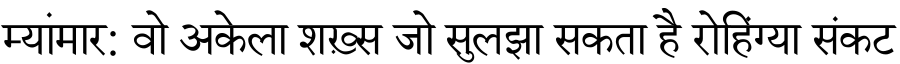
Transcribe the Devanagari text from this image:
म्यांमार: वो अकेला शख़्स जो सुलझा सकता है रोहिंग्या संकट